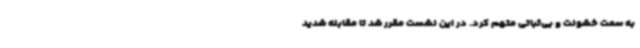
به سمت خشونت و بی‌ثباتی متهم کرد. در این نشست مقرر شد تا مقابله شدید